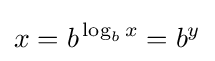
x=b^{\,\log _{b}x}=b^{y}